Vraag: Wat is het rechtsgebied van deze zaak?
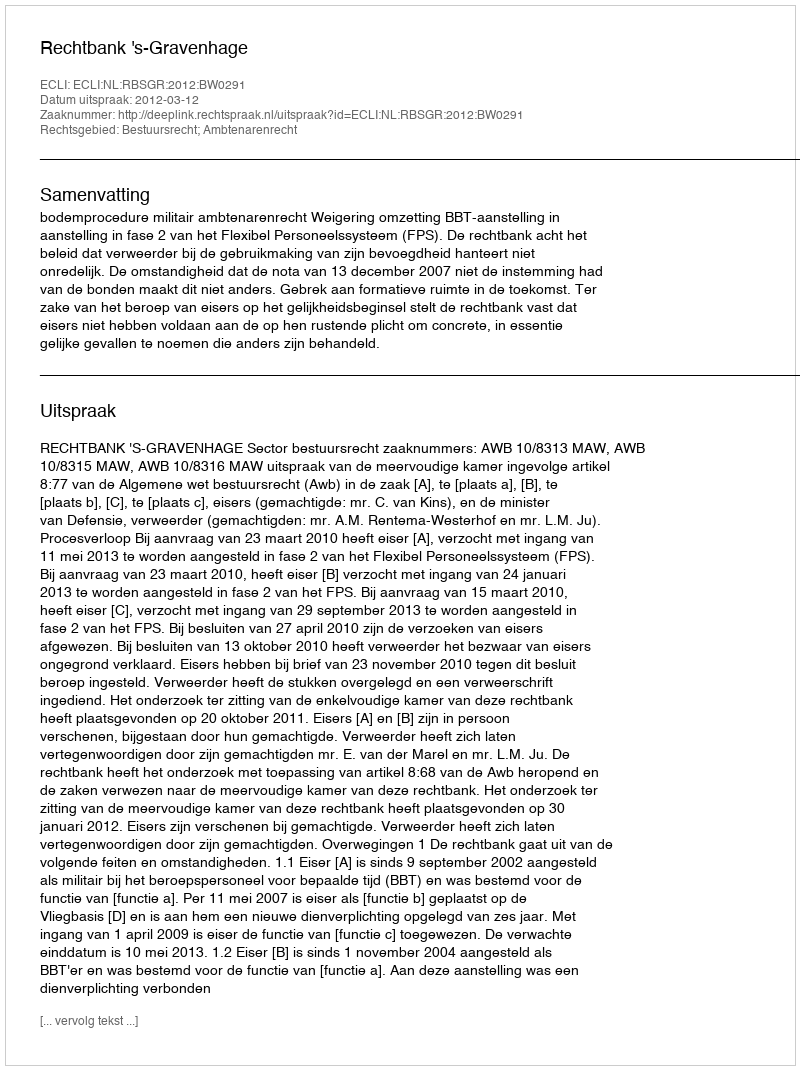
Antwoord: Bestuursrecht; Ambtenarenrecht